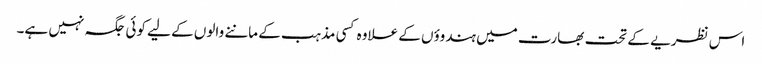
اس نظریے کے تحت بھارت میں ہندوؤں کے علاوہ کسی مذہب کے ماننے والوں کے لیے کوئی جگہ نہیں ہے۔